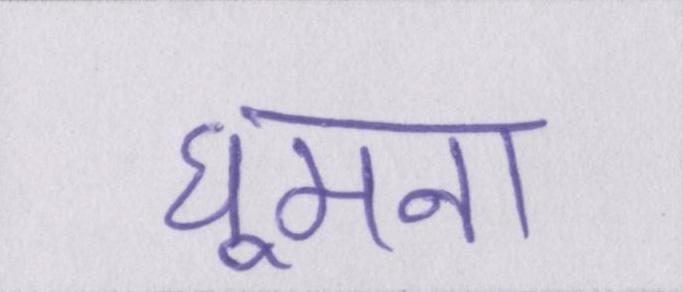
घूमना